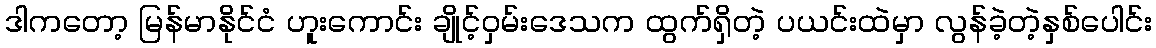
ဒါကတော့ မြန်မာနိုင်ငံ ဟူးကောင်း ချိုင့်ဝှမ်းဒေသက ထွက်ရှိတဲ့ ပယင်းထဲမှာ လွန်ခဲ့တဲ့နှစ်ပေါင်း